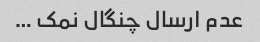
عدم ارسال چنگال نمک …